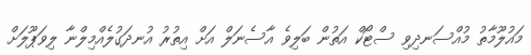
މައުލޫމާތު މުއްސަނދިވި ސްޓޯކް އަތުން ބަލިވެ އާސެނަލް އަށް އިތުރު އުނދަގުލެއްމިލްނާ ލިވަޕޫލަށް